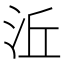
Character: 㳋